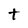
Character: t